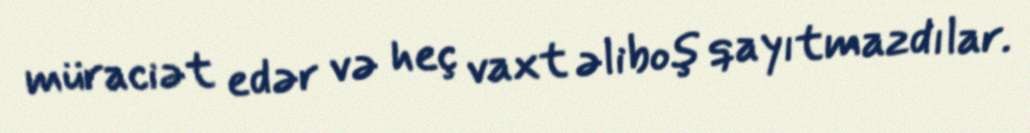
müraciət edər və heç vaxt əliboş qayıtmazdılar.